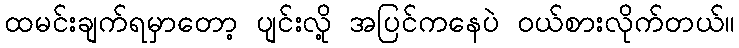
ထမင်းချက်ရမှာတော့ ပျင်းလို့ အပြင်ကနေပဲ ဝယ်စားလိုက်တယ်။